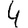
Digit: 4